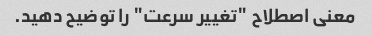
معنی اصطلاح "تغییر سرعت" را توضیح دهید.